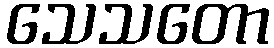
သေသတော